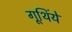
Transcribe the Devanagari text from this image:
गूथिंये